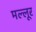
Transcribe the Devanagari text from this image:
मल्लूर